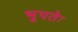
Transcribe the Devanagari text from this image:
भूपतेः